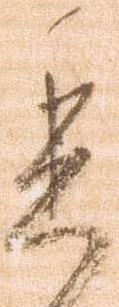
委